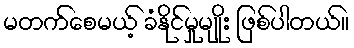
မတက်စေမယ့် ခံနိုင်မှုမျိုး ဖြစ်ပါတယ်။